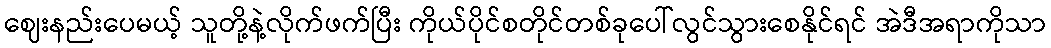
ဈေးနည်းပေမယ့် သူတို့နဲ့လိုက်ဖက်ပြီး ကိုယ်ပိုင်စတိုင်တစ်ခုပေါ်လွင်သွားစေနိုင်ရင် အဲဒီအရာကိုသာ